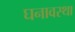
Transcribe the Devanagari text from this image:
घनावस्था